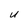
Character: u